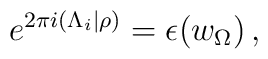
e^{ 2\pi i (\Lambda_i|\rho)} = \epsilon(w_\Omega) \,,